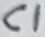
Text: C1